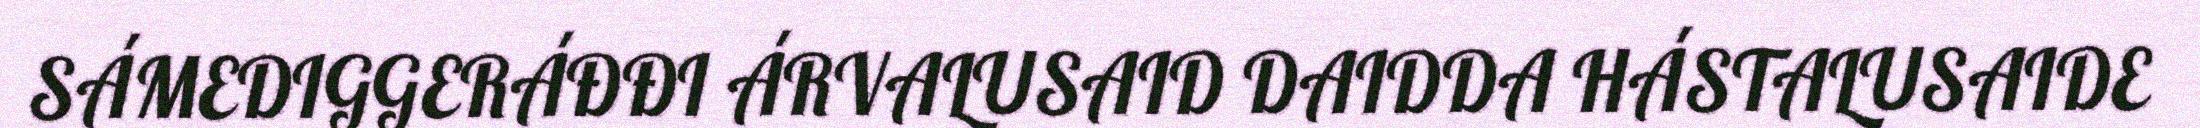
SÁMEDIGGERÁĐĐI ÁRVALUSAID DAIDDA HÁSTALUSAIDE